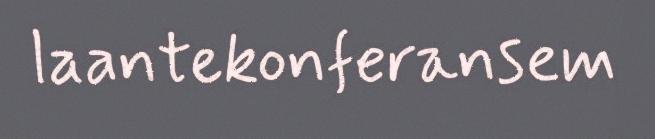
laantekonferansem